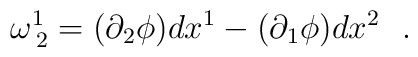
\omega^{1}_{\: 2} = (\partial_2 \phi)dx^1 - (\partial_1 \phi)dx^2~~.